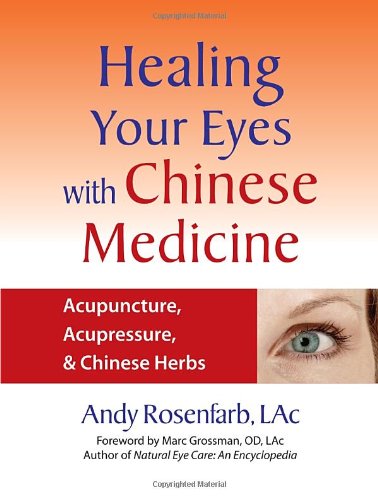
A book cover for Healing Your Eyes with Chinese Medicine: Acupuncture, Acupressure, & Chinese Herbs; Andy Rosenfarb; Health, Fitness & Dieting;